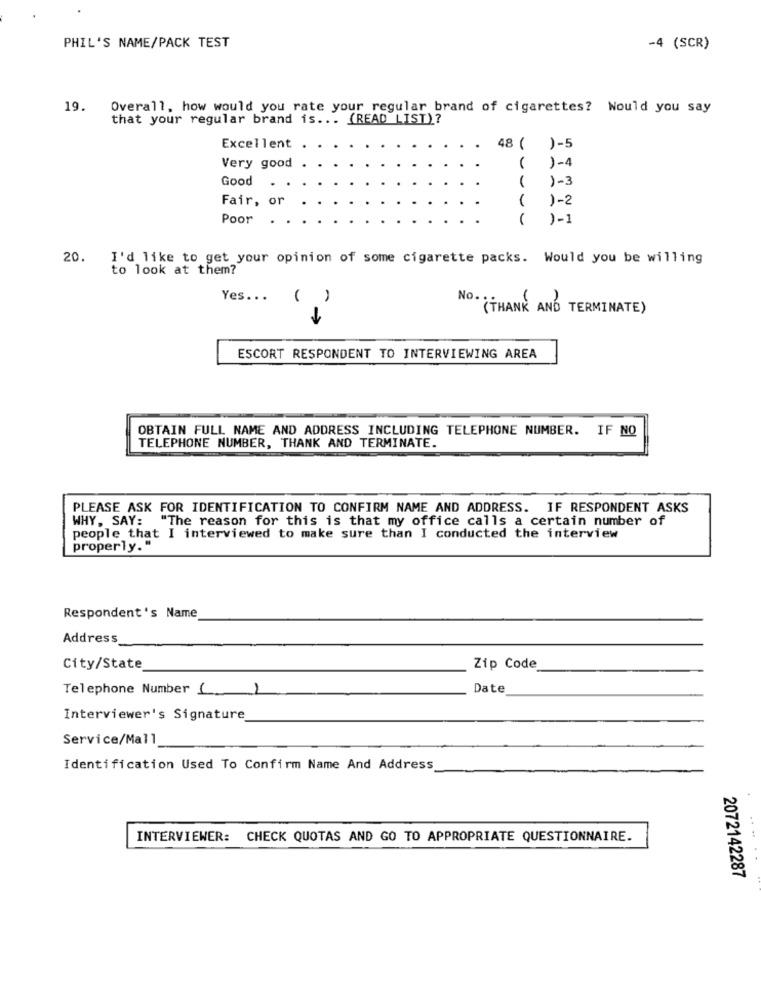
PHIL'S NAME/PACK TEST
-4 (SCR)
19.
Overall, how would you rate your regular brand of cigarettes? Would you say
that your regular brand is ... (READ LIST)?
Excellent
48 ( )-5
Very good
1-4
Good
(
1-3
Fair, or
)-2
Poor
)-1
20.
I'd like to get your opinion of some cigarette packs. Would you be willing
to look at them?
Yes ...
( )
No.
( THANK AND TERMINATE )
ESCORT RESPONDENT TO INTERVIEWING AREA
OBTAIN FULL NAME AND ADDRESS INCLUDING TELEPHONE NUMBER. IF NO
TELEPHONE NUMBER, THANK AND TERMINATE.
PLEASE ASK FOR IDENTIFICATION TO CONFIRM NAME AND ADDRESS. IF RESPONDENT ASKS
WHY, SAY: "The reason for this is that my office calls a certain number of
people that I interviewed to make sure than I conducted the interview
properly."
Respondent 's Name
Address
City/State
Zip Code
Telephone Number (
Date
Interviewer's Signature
Service/Mall
Identification Used To Confirm Name And Address
INTERVIEWER: CHECK QUOTAS AND GO TO APPROPRIATE QUESTIONNAIRE.
...
2072142287